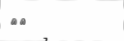
٤٥